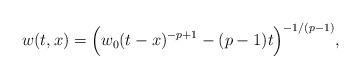
LaTeX: \begin{align*}w(t,x) = \Big( w_0(t-x)^{-p+1} - (p-1) t \Big)^{-1/(p-1)},\end{align*}